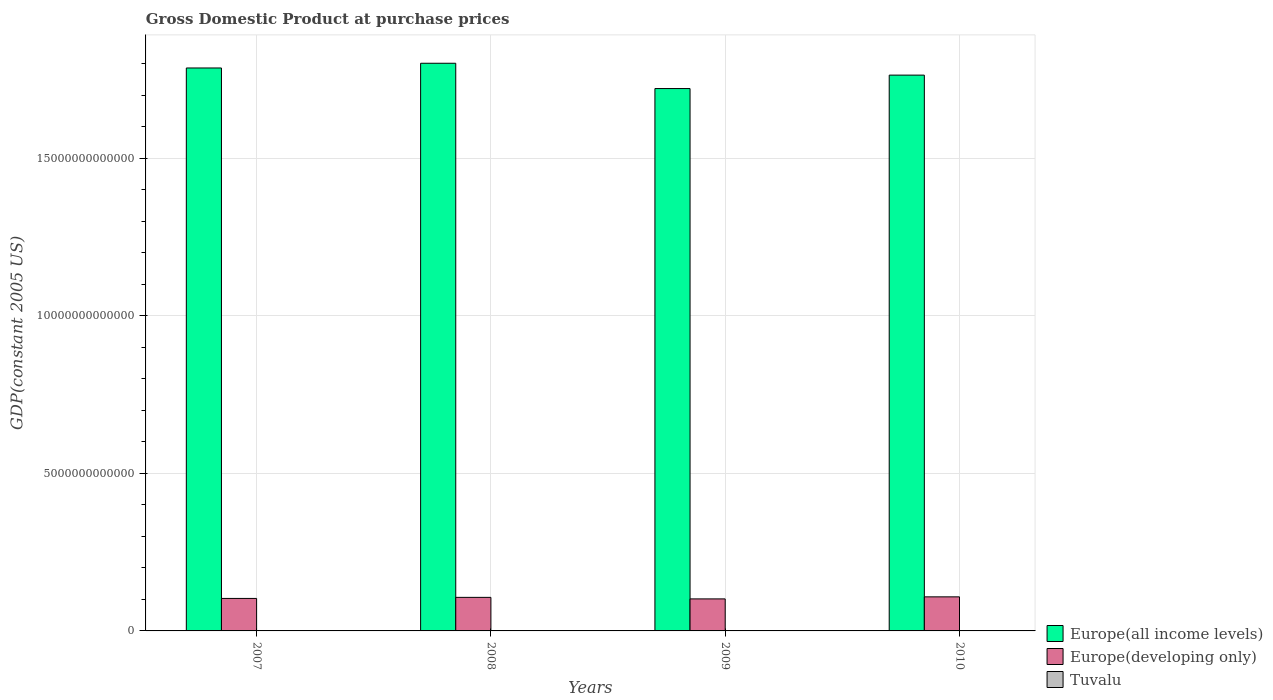
| Years | Europe(all income levels) | Europe(developing only) | Tuvalu |
 | --- | --- | --- | --- |
 | 2007 | 1.79e+13 | 1.03e+12 | 2.37e+07 |
 | 2008 | 1.8e+13 | 1.06e+12 | 2.56e+07 |
 | 2009 | 1.72e+13 | 1.02e+12 | 2.45e+07 |
 | 2010 | 1.76e+13 | 1.08e+12 | 2.38e+07 |